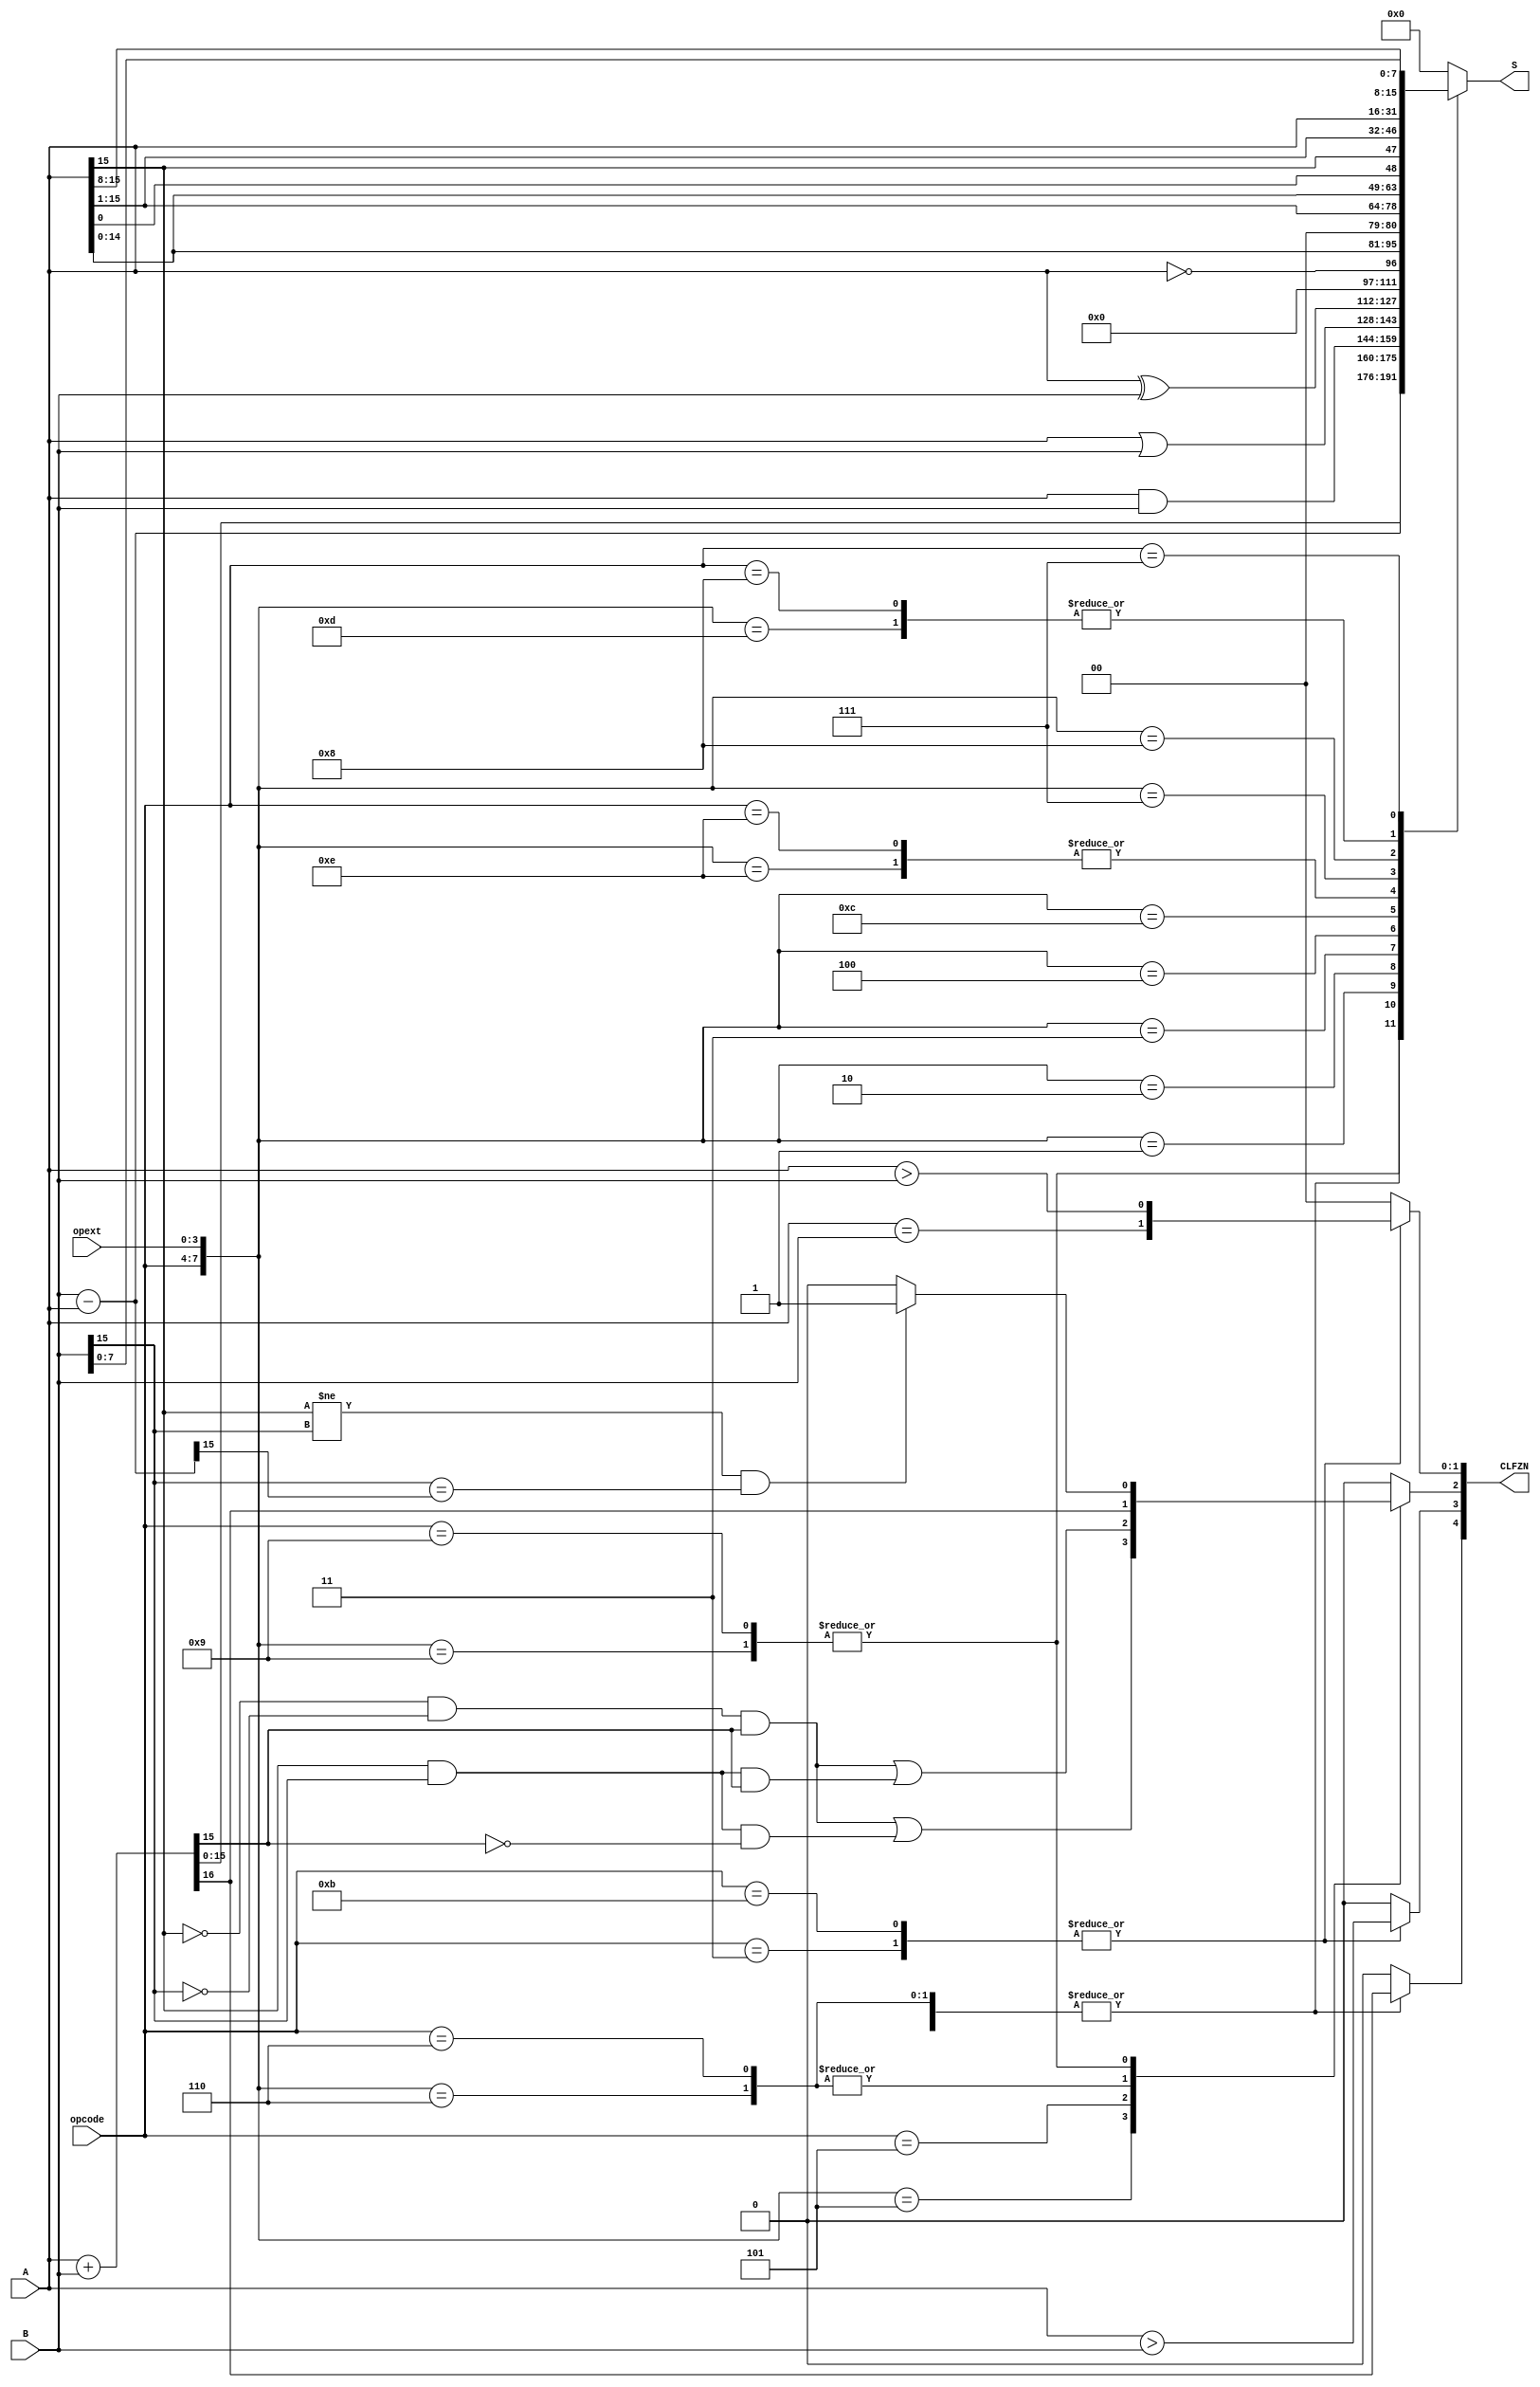
`timescale 1ns / 1ps
//////////////////////////////////////////////////////////////////////////////////
// Company: 
// Engineer: 
// 
// Design Name: 
// Module Name:    ALUmod 
// Project Name: 
// Target Devices: 
// Tool versions: 
// Description: 
//
// Dependencies: 
//
// Revision: 
// Revision 0.01 - File Created
// Additional Comments: 
//
//////////////////////////////////////////////////////////////////////////////////
module ALUmod(
    input wire [15:0] A,
    input wire [15:0] B,
    input wire [3:0] opcode,
    output reg [15:0] S,
    input wire [3:0] opext,
    output reg [4:0] CLFZN
//	 input wire carry
    );


//start always block and add all the different executions
always@(A,B,opcode,opext)//,carry)
	begin
	  casex({opcode, opext})
	    8'b0000_0101: // ADD
		 begin
		   CLFZN = 0;
		   {CLFZN[4], S} = A + B;
			CLFZN[2] = (~A[15]&~B[15]&S[15]) | (A[15]&B[15]&~S[15]);
		 end
		 
		 8'b0101_xxxx: // ADDI
		 begin
			CLFZN = 0;		 
		   {CLFZN[4], S} = A + B;
			CLFZN[2] = (~A[15]&~B[15]&S[15]) | (A[15]&B[15]&S[15]);
		 end
		 
		 8'b0000_0110: // ADDU
		 begin
			CLFZN = 0;		 
		   {CLFZN[4], S} = A + B;			// set carry bit and sum
			CLFZN[2] = CLFZN[4];
		 end
		 
		 8'b0110_xxxx: // ADDUI
		 begin
			CLFZN = 0;
		   {CLFZN[4],S} = A + B;			// set carry bit and sum
			CLFZN[2] = CLFZN[4];	 
		 end
/* ADDC, ADDCU ADDCUI, and ADCI are depricated
    But not removed 
		 8'b0000_0111: // ADDC (Add with carry)
		 begin
			CLFZN[4:0] = 0;		 
			{CLFZN[4], S} = A + B + carry;  // set the carry bit and sum
			CLFZN[2] = (~A[15]&~B[15]&S[15]) | (A[15]&B[15]&~S[15]); // set overflow (signed)
		 end
		 
		 8'b0111_xxxx: // ADDCi (Add with carry immediate)
		 begin
			CLFZN[3:0] = 0;		 
			{CLFZN[4], S} = A + B + carry;  // set the carry bit and sum
			CLFZN[2] = (~A[15]&~B[15]&S[15]) | (A[15]&B[15]&~S[15]); // set overflow (signed)
       end			
		
		8'b1010_0101: // ADDCU (Add with carry unsigned?)
		begin
			CLFZN[4:0] = 0;		
			{CLFZN[4], S} = A + B + carry;
		end
		
		8'b1010_0110: // ADDCUI (Add with carry unsigned immediate)
		begin
			CLFZN[4:0] = 0;		
			{CLFZN[4], S} = A + B + carry;
			CLFZN[2] = CLFZN[4];
		end
*/
		8'b0000_1001: // SUB
		begin
			CLFZN = 0;
			// Overflow if neg - pos = pos or pos - neg = neg
			S = B - A;			
			if( A[15] != B[15] && B[15] == S[15]) CLFZN[2] = 1'b1;  
		end
		
		8'b1001_xxxx: // SUBI
		begin
			CLFZN = 0;
			// Overflow if neg - pos = pos or pos - neg = neg
			S = B - A;			
			if( A[15] != B[15] && B[15] == S[15]) CLFZN[2] = 1'b1;  
		end 
		
		8'b0011_xxxx: // CMP
		begin
			CLFZN = {1'b0,
				A > B,
				1'b0,
				A == B,
				$signed(A) > $signed(B)};
			//CLFZN = {A[15] & B[15],
			//			A == B,
			//			A > B,
			//			1'b0,
			//			$signed(A) > $signed(B)};
			S = 0;
		end 
		
		8'b1011_xxxx: // CMPI
		begin
			CLFZN = {1'b0,
						A > B,
						1'b0,
						A == B,
						$signed(A) > $signed(B)};
						
			//CLFZN = {A[15] & B[15],
			//			A == B,
			//			A > B,
			//			1'b0,
			//			$signed(A) > $signed(B)};						
		   S = 0;
		end 		
		
/*		8'b1010_0010: // CMPU/I
		begin
			CLFZN = 
				{1'b0,
				A > B,
				1'b0,
				A == B,
				$signed(A) > $signed(B)};
		   S = 0;
		end 		
*/		
		8'b0000_0001: // AND
		begin
		   CLFZN = 0; // flags are all set to zero, see CR16 programmers manual
			S = A & B;
		end
		
		8'b0000_0010: // OR
		begin
			CLFZN = 0; 
			S = A | B;
		end
		
		8'b0000_0011: // XOR
		begin
			CLFZN = 0;
			S = A ^ B;
		end
		
		8'b0000_0100: // NOT (logical not?  The the test bench says it is a logical not)
		begin
			CLFZN = 0;
			S = !A;
		end
		
		8'b0000_1100: // LSH (left logical shift)
		begin
			CLFZN = 0;
			S = A << 1;
		end
/*		 LSHI is depricated
		8'b1000_xxxx: // LSHI (left logical shift immediate)
		begin
			CLFZN = 0;
			S = A << 1;
		end
*/	
		8'b0000_1110: // RSH (Right logical shift)
		begin
			CLFZN = 0;
			S = A >> 1;
		end
		
		8'b1110_xxxx: // RSHI (Right logical shift immediate)
		begin
			CLFZN = 0;
			S = A >> 1;
		end
		
		8'b0000_0111: // ALSH (Arithmedic left shift)
		begin
			CLFZN = 0;
			//S = A <<< 1;
			S = {A[14:0], A[0]};
		end
		
		8'b0000_1000: // ARSH (Arithmedic right shift)
		begin
			CLFZN = 0;
			//S = A >>> 1; // this statment did not work in the test bench for some reason.
			S = {A[15], A[15:1]};
		end
		
		// the value of the A register passes though
		8'b0000_1101: // MOV
		begin
			CLFZN = 0;
			S = A;
		end
		
		// the value of the A register passes though
		8'b1000_xxxx: // MOVi
		begin
			CLFZN = 0;
			S = A;
		end
		
		// The upper bits of A are concatanated with the lower bits of B
		8'b0111_xxxx: // MOVIU
		begin
			CLFZN = 0;
			S = {A[15:8],B[7:0]};
		end
		
		// NOP falls to the default case
		default:
		begin
			CLFZN = 0;
			S = 0;
		end
	  endcase
	
	end


endmodule